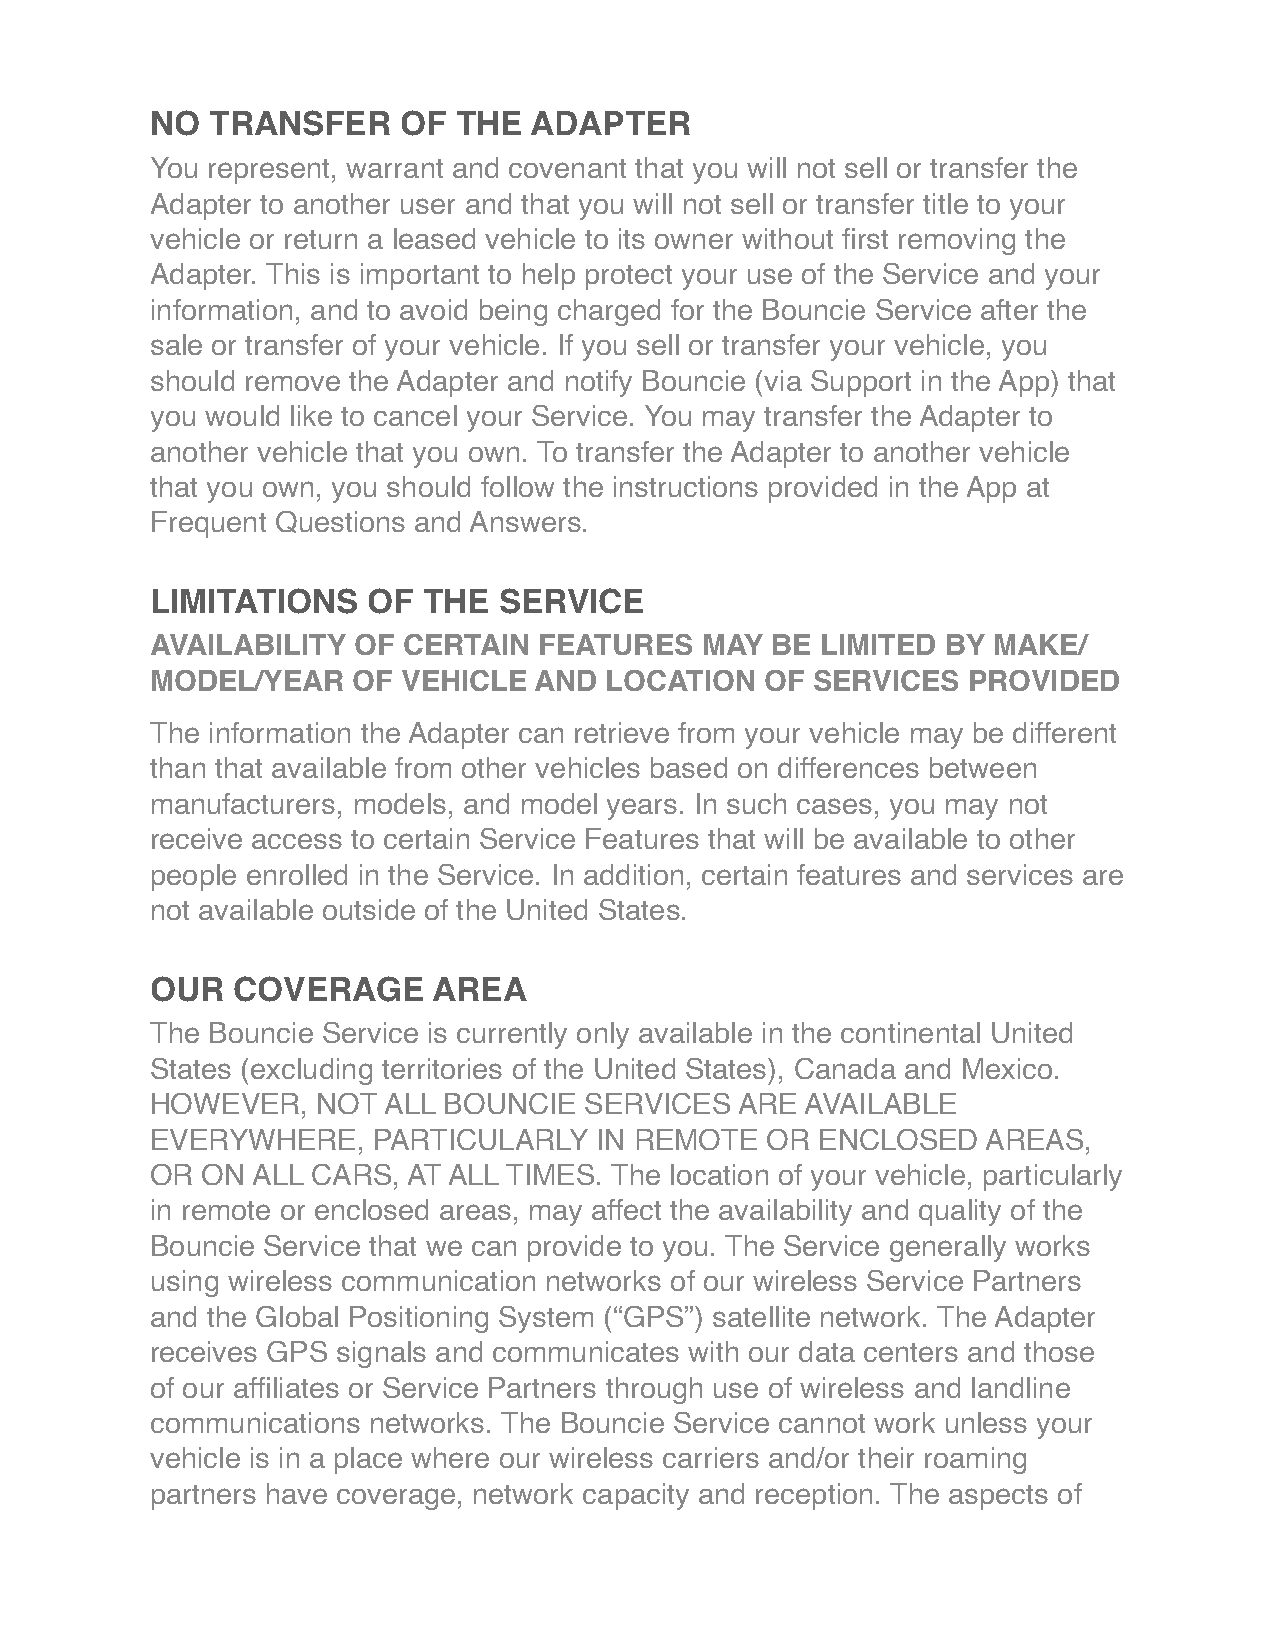
NO  TRANSFER    OF  THE  ADAPTER
 You represent, warrant and covenant that you will not sell or transfer the
 Adapter to another user and that you will not sell or transfer title to your
 vehicle or return a leased vehicle to its owner without first removing the
 Adapter. This is important to help protect your use of the Service and your
 information, and to avoid being charged for the Bouncie Service after the
 sale or transfer of your vehicle. If you sell or transfer your vehicle, you
 should remove the Adapter and notify Bouncie (via Support in the App) that
 you would like to cancel your Service. You may transfer the Adapter to
 another vehicle that you own. To transfer the Adapter to another vehicle
 that you own, you should follow the instructions provided in the App at
 Frequent Questions and Answers.
 LIMITATIONS   OF  THE  SERVICE
 AVAILABILITY OF  CERTAIN  FEATURES  MAY  BE LIMITED  BY MAKE/
 MODEL/YEAR   OF  VEHICLE AND  LOCATION   OF SERVICES  PROVIDED
 The information the Adapter can retrieve from your vehicle may be different
 than that available from other vehicles based on differences between
 manufacturers, models, and model years. In such cases, you may not
 receive access to certain Service Features that will be available to other
 people enrolled in the Service. In addition, certain features and services are
 not available outside of the United States.
 OUR  COVERAGE      AREA
 The Bouncie Service is currently only available in the continental United
 States (excluding territories of the United States), Canada and Mexico.
 HOWEVER,   NOT ALL BOUNCIE   SERVICES  ARE AVAILABLE
 EVERYWHERE,    PARTICULARLY  IN REMOTE   OR ENCLOSED   AREAS,
 OR ON  ALL CARS, AT ALL TIMES. The location of your vehicle, particularly
 in remote or enclosed areas, may affect the availability and quality of the
 Bouncie Service that we can provide to you. The Service generally works
 using wireless communication networks of our wireless Service Partners
 and the Global Positioning System (“GPS”) satellite network. The Adapter
 receives GPS signals and communicates with our data centers and those
 of our affiliates or Service Partners through use of wireless and landline
 communications networks. The Bouncie Service cannot work unless your
 vehicle is in a place where our wireless carriers and/or their roaming
 partners have coverage, network capacity and reception. The aspects of